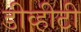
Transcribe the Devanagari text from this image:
डीव्हीटी